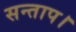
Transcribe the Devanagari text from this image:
सन्‍ताप।